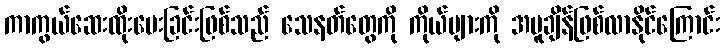
ကာကွယ်ဆေးထိုးပေးခြင်းဖြစ်သည် သေနတ်တွေကို ကိုယ်များကို အပူချိန်ဖြစ်လာနိုင်ကြောင်း